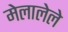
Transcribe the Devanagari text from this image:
मेलालेले